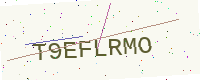
Text: T9EFLRMO